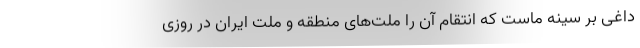
داغی بر سینه ماست که انتقام آن را ملت‌های منطقه و ملت ایران در روزی